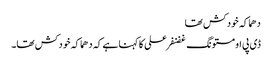
دھماکہ خودکش تھا
ڈی پی او مستونگ غضنفر علی کا کہنا ہے کہ دھماکہ خودکش تھا۔